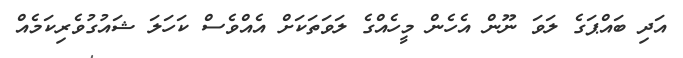
އަދި ބައްޕަގެ ލަވަ ނޫން އެހެން މީހެއްގެ ލަވަތަކަށް އެއްވެސް ކަހަލަ ޝައުގުވެރިކަމެއް